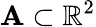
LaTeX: \mathbf{A}\subset\mathbb{{R}}^{2}